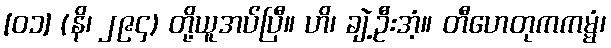
[၀၁] (နိ၊ ၂၉၄) တို့ယူအပ်ပြီ။ ဟိ၊ ချဲ့ဦးအံ့။ တီဟေတုကကမ္မံ၊